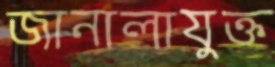
জানালাযুক্ত